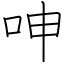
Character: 呻